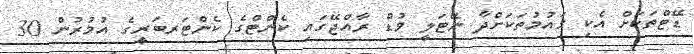
ޑޭޓްތަކަށް އެކި ގައުމުތަކަށްދާ ނޭޓަލީ ވުޑް ރާއްޖޭގައި ކެންޓްގެ ކެންޓަރބަރީގެ އުމުރުން 30